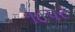
૧૮પર